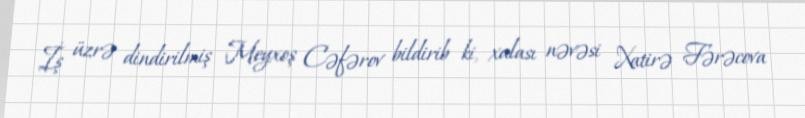
İş üzrə dindirilmiş Meyxoş Cəfərov bildirib ki, xalası nəvəsi Xatirə Fərəcova